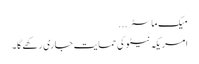
میک ماسٹر ...
امریکہ نیٹو کی حمایت جاری رکھے گا۔